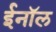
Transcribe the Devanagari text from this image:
ईनॉल